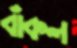
বাঁকল